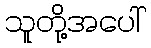
သူတို့အပေါ်